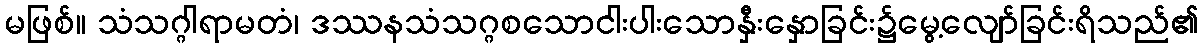
မဖြစ်။ သံသဂ္ဂါရာမတံ၊ ဒဿနသံသဂ္ဂစသောငါးပါးသောနှီးနှောခြင်း၌မွေ့လျော်ခြင်းရိသည်၏